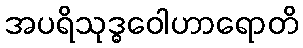
အပရိသုဒ္ဓဝေါဟာရောတိ